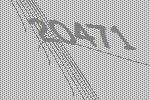
20471